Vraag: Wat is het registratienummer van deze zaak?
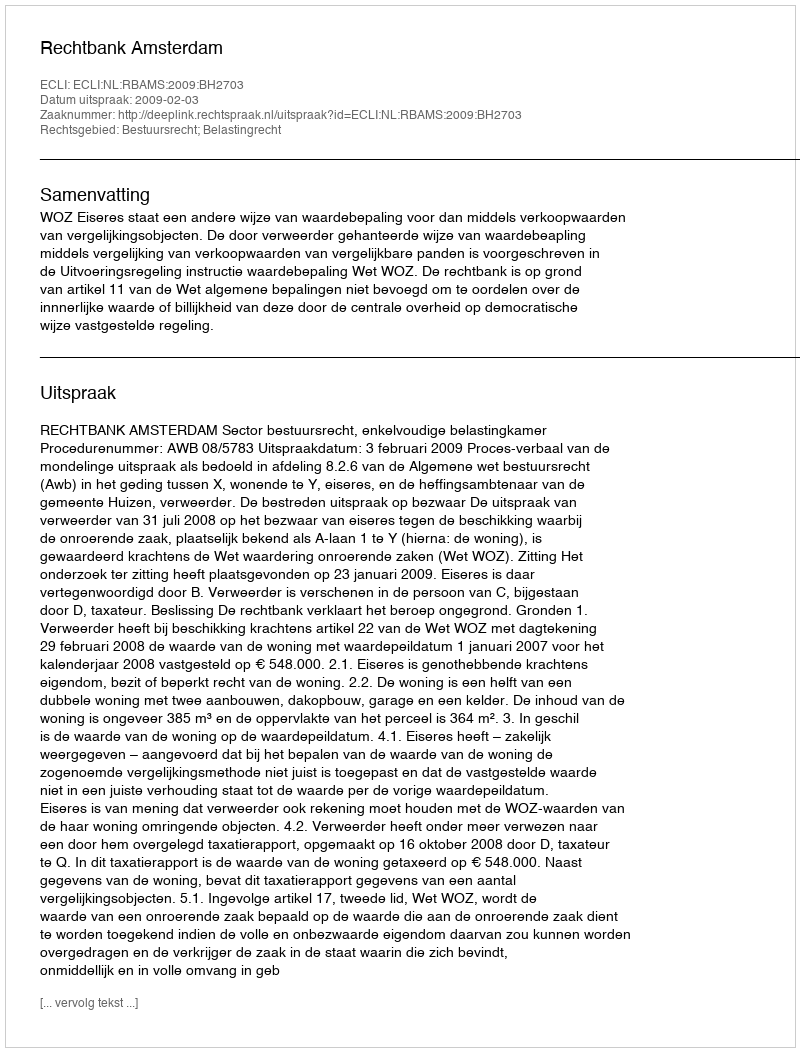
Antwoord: http://deeplink.rechtspraak.nl/uitspraak?id=ECLI:NL:RBAMS:2009:BH2703